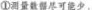
①测量数强尽可能少.